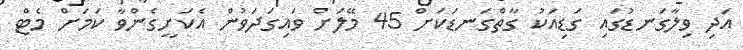
އަދި ވިލާގަނޑުގައި ގަޑިއަކު ގާތްގަނޑަކަށް 45 މޭލަށް ވައިގަދަވުން އެކަށީގެންވާ ކަމަށް މެޓް